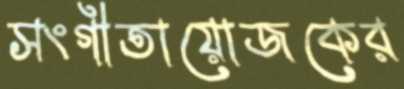
সংগীতায়োজকের